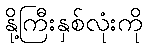
နို့ကြီးနှစ်လုံးကို